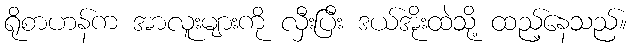
ရိုစာဟန်က အာလူးများကို လှီးပြီး ဒယ်အိုးထဲသို့ ထည့်နေသည်။